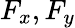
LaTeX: F_{x},F_{y}